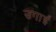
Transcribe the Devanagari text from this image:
उगाईं